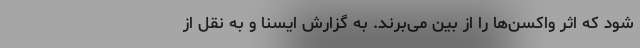
شود که اثر واکسن‌ها را از بین می‌برند. به گزارش ایسنا و به نقل از